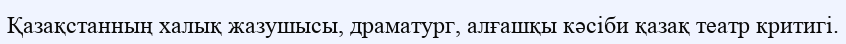
Қазақстанның халық жазушысы, драматург, алғашқы кәсіби қазақ театр критигі.